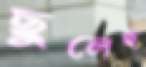
ছুলেছ